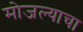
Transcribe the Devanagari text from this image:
मोजल्याचा